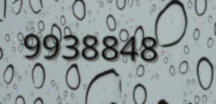
9938848